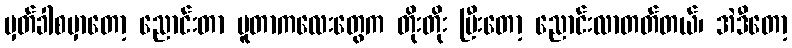
မှတ်ခါစမှာတော့ ညောင်းတာ ပူတာကလေးတွေက တိုးတိုး ပြီးတော့ ညောင်းလာတတ်တယ်၊ အဲဒီတော့